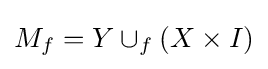
M_{f}=Y\cup _{f}(X\times I)